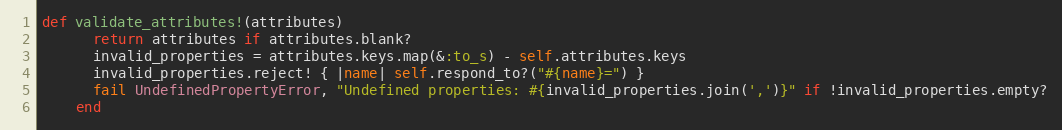
Language: Ruby
def validate_attributes!(attributes)
      return attributes if attributes.blank?
      invalid_properties = attributes.keys.map(&:to_s) - self.attributes.keys
      invalid_properties.reject! { |name| self.respond_to?("#{name}=") }
      fail UndefinedPropertyError, "Undefined properties: #{invalid_properties.join(',')}" if !invalid_properties.empty?
    end